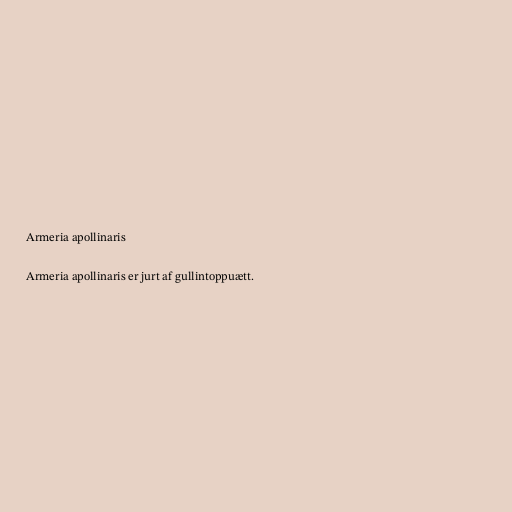
Armeria apollinaris

Armeria apollinaris er jurt af gullintoppuætt.